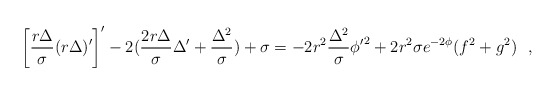
\begin{align*}\left[ \frac{r \Delta}{\sigma}(r \Delta)'\right]' -2(\frac{2r\Delta}{\sigma} \Delta'+ \frac{\Delta^2}{\sigma}) +\sigma = -2 r^2 \frac{\Delta^2}{\sigma} {\phi'}^2 + 2 r^2 \sigma e^{-2\phi} (f^2 + g^2)~~,\end{align*}